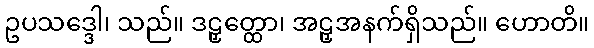
ဥပသဒ္ဒေါ၊ သည်။ ဒဠှတ္ထော၊ အဠှအနက်ရှိသည်။ ဟောတိ။